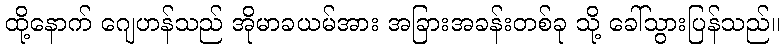
ထို့နောက် ဂျေဟန်သည် အိုမာခယမ်အား အခြားအခန်းတစ်ခု သို့ ခေါ်သွားပြန်သည်။